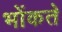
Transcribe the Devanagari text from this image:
भोंकते